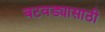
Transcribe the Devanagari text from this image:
बटवड्यासाठी